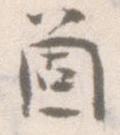
箇